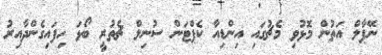
ނޭޕާލް އަތުން މޮޅުވި މެޗުގައި އިންޑިއާ ކެޕްޓަން ސުނިލް ޗެތުރީ ބޯޅަ ހިފައިގެންދާއިރު